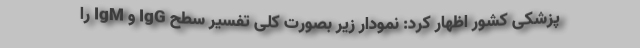
پزشکی کشور اظهار کرد: نمودار زیر بصورت کلی تفسیر سطح IgG و IgM را